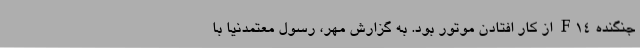
جنگنده F۱۴ از کار افتادن موتور بود. به گزارش مهر، رسول معتمدنیا با